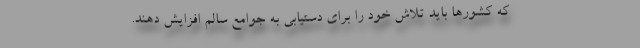
که کشورها باید تلاش خود را برای دستیابی به جوامع سالم افزایش دهند.